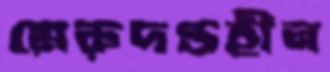
মেরুদণ্ডহীন